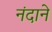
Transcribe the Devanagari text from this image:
नंदाने